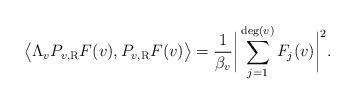
LaTeX: \begin{align*} \big\langle \Lambda_v P_{v, \rm R} F (v), P_{v, \rm R} F (v) \big\rangle = \frac{1}{\beta_v} \bigg| \sum_{j = 1}^{\deg (v)} F_j (v) \bigg|^2.\end{align*}